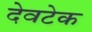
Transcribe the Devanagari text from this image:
देवटेक